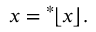
x = { } ^ { * } \! \lfloor x \rfloor .